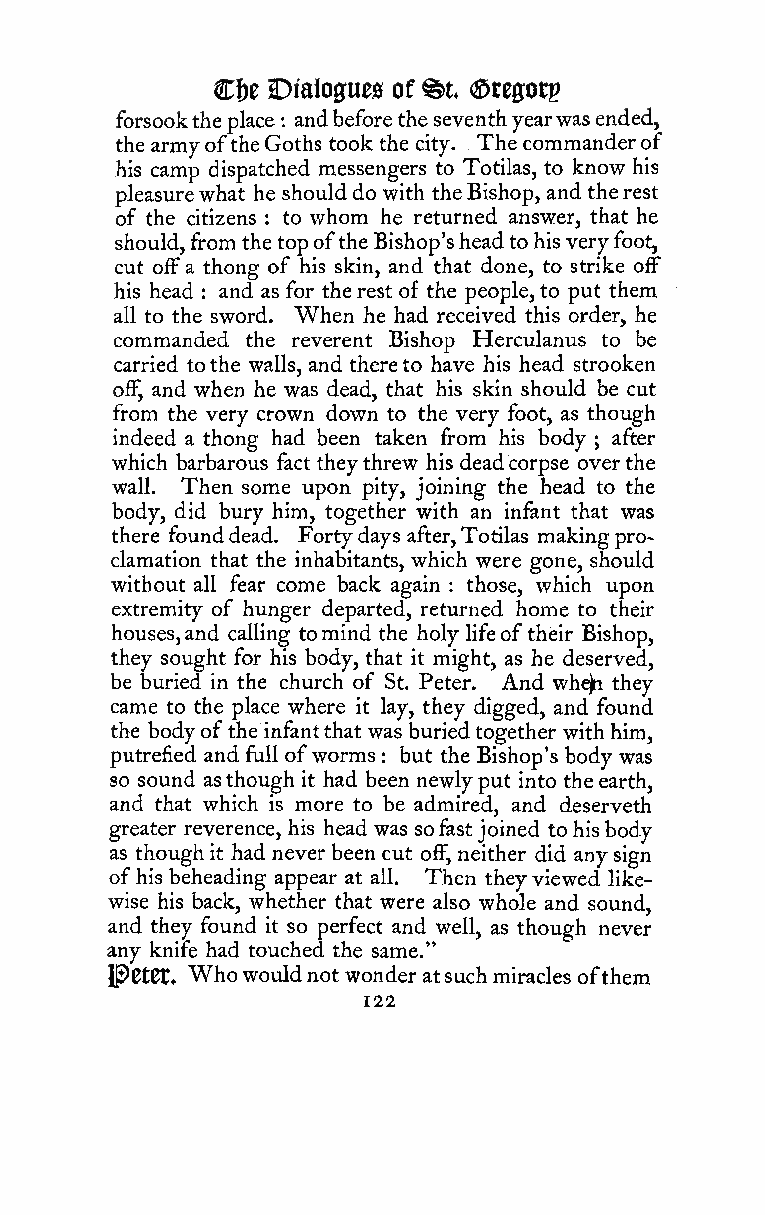
C!)e Dialogues of @)t ©teffotp
 forsooktheplace andbeforetheseventhyearwasended,
 :
 thearmyoftheGothstook the city. The commanderof
 his camp dispatched messengers to Totilas, to know his
 pleasurewhat he shoulddo with theBishop, and therest
 of the citizens to whom he returned answer, that he
 :
 should, fromthetopoftheBishop'sheadtohisveryfoot,
 cut offa thong of his skin, and that done, to strike off
 his head and as for therest of the people,to put them
 :
 all to the sword. When he had received this order, he
 commanded the reverent Bishop Herculanus to be
 carried tothe walls, and thereto have his head strooken
 off, and when he was dead, that his skin should be cut
 from the very crown down to the very foot, as though
 indeed a thong had been taken from his body after
 ;
 which barbarous fact theythrew his deadcorpse overthe
 wall. Then some upon pity, joining the head to the
 body, did bury him, together with an infant that was
 there founddead. Fortydays after,Totilas makingpro-
 clamation that the inhabitants, which were gone, should
 without all fear come back again : those, which upon
 extremity of hunger departed, returned home to their
 houses,and calling tomind the holy lifeoftheir Bishop,
 they sought for his body, that it might, as he deserved,
 be buried in the church of St. Peter. And whe^ they
 came to the place where it lay, they digged, and found
 the bodyofthe infantthat was buriedtogether withhim,
 putrefied and full ofworms : but the Bishop's body was
 so sound asthough it had been newlyput into theearth,
 and that which is more to be admired, and deserveth
 greater reverence, his head was sofastjoined tohisbody
 as though it had never been cut off, neither did anysign
 ofhis beheading appear at all. Then theyviewed like-
 wise his back, whether that were also whole and sound,
 and they found it so perfect and well, as though never
 any knife had touched the same."
 Who
 l^etCt.  wouldnot wonder atsuchmiracles ofthem
 122